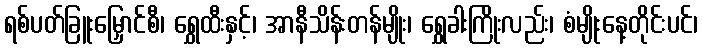
ရစ်ပတ်ခြူးမြှောင်စီ၊ ရွှေထီးနှင့်၊ အာနီသိန်းတန်မျိုး၊ ရွှေခါးကြိုးလည်း၊ စံမျိုးနေ့တိုင်းပင်၊